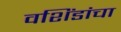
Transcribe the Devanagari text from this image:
वशिंडांचा